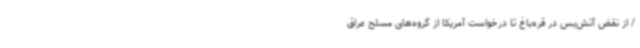
/ از نقض آتش‌بس در قره‌باغ تا درخواست آمریکا از گروه‌های مسلح عراق